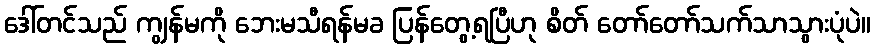
ဒေါ်တင်သည် ကျွန်မကို ဘေးမသီရန်မခ ပြန်တွေ့ရပြီဟု စိတ် တော်တော်သက်သာသွားပုံပဲ။